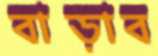
বাড়াব